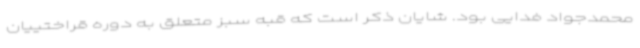
محمدجواد فدایی بود. شایان ذکر است که قبه سبز متعلق به دوره قراختییان